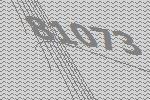
81073